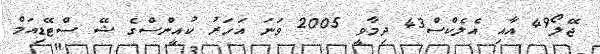
ޖޭލޯ49 އާއި އެލެކްސް43 ދިމާވީ 2005 ވަނަ އަހަރު ކުއީންސްގެ ޝޭ ސްޓޭޑިއަމް